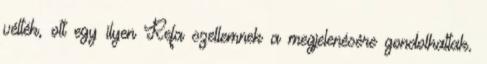
vélték, ott egy ilyen Refa szellemnek a megjelenésére gondolhattak.